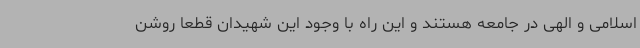
اسلامی و الهی در جامعه هستند و این راه با وجود این شهیدان قطعا روشن